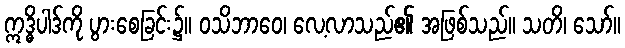
ဣဒ္ဓိပါဒ်ကို ပွားစေခြင်း၌။ ဝသိဘာဝေ၊ လေ့လာသည်၏ အဖြစ်သည်။ သတိ၊ သော်။